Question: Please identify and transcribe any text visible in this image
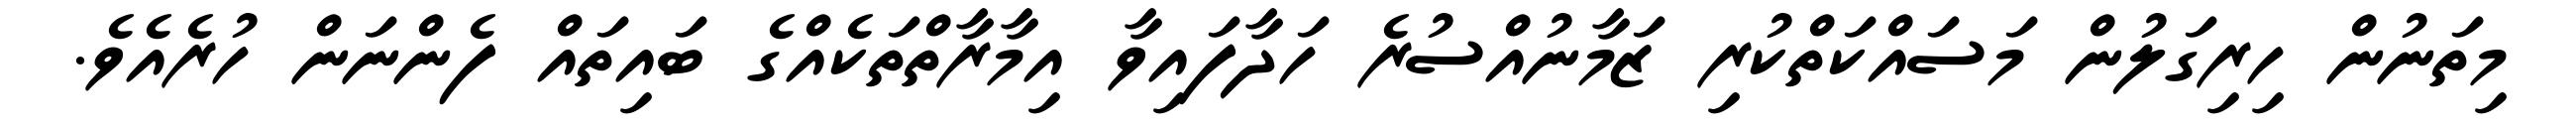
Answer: މިތަނުން ހިރިގަލުން މަސައްކަތްކުރި ޒަމާނުއްސުރެ ހަދާފައިވާ އިމާރާތްތަކެއްގެ ބައިތައް ފެންނަން ހުރެއެވެ.